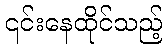
၎င်းနေထိုင်သည့်